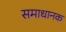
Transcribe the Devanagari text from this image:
समाधानक